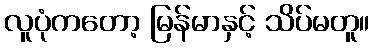
လူပုံကတော့ မြန်မာနှင့် သိပ်မတူ။